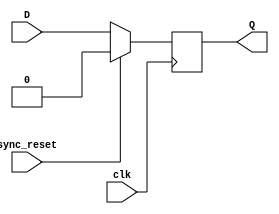
// FPGA projects using Verilog/ VHDL 
// fpga4student.com
// Verilog code for D Flip FLop
// Verilog code for Rising edge D flip flop with Synchronous Reset input 
module RisingEdge_DFlipFlop_SyncReset(D,clk,sync_reset,Q);
 input D; // Data input 
 input clk; // clock input 
 input sync_reset; // synchronous reset 
 output reg Q; // output Q 
 always @(posedge clk) 
 begin
  if(sync_reset==1'b1)
   Q <= 1'b0; 
  else 
   Q <= D; 
 end 
endmodule